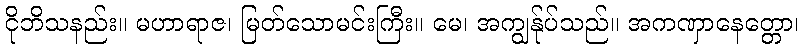
ငိုဘိသနည်း။ မဟာရာဇ၊ မြတ်သောမင်းကြီး။ မေ၊ အကျွန်ုပ်သည်။ အကဏှာနေတ္တော၊